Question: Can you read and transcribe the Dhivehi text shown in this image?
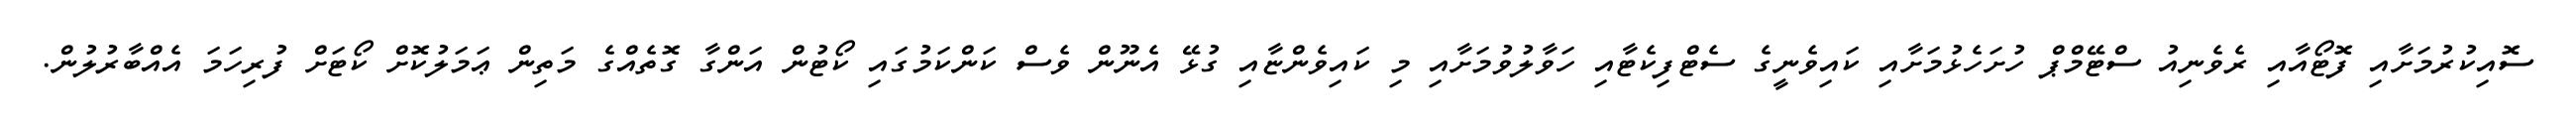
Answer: ސޮއިކުރުމަށާއި ފޮޓޯއާއި ރެވެނިއު ސްޓޭމްޕް ހުށަހެޅުމަށާއި ކައިވެނީގެ ސެޓްފިކެޓާއި ހަވާލުވުމަށާއި މި ކައިވެންޏާއި ގުޅޭ އެނޫން ވެސް ކަންކަމުގައި ކޯޓުން އަންގާ ގޮތެއްގެ މަތިން ޢަމަލުކޮށް ކޯޓަށް ފުރިހަމަ އެއްބާރުލުން.